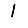
Digit: 1